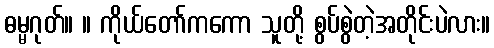
ဓမ္မဂုတ်။ ။ ကိုယ်တော်ကကော သူတို့ စွပ်စွဲတဲ့အတိုင်းပဲလား။